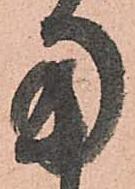
用